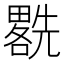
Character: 𱏯